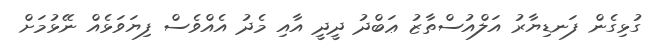
ގުޅިގެން ފަނޑިޔާރު އަލްއުސްތާޒު ޢަބްދު ދީދީ އާއި މެދު އެއްވެސް ފިޔަވަޅެއް ނޭޅުމަށް